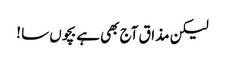
لیکن مذاق آج بھی ہے بچوں سا !